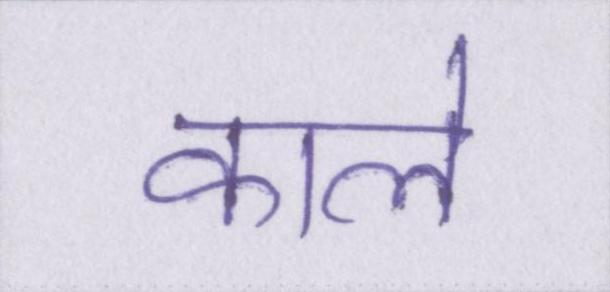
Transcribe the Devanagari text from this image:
काले